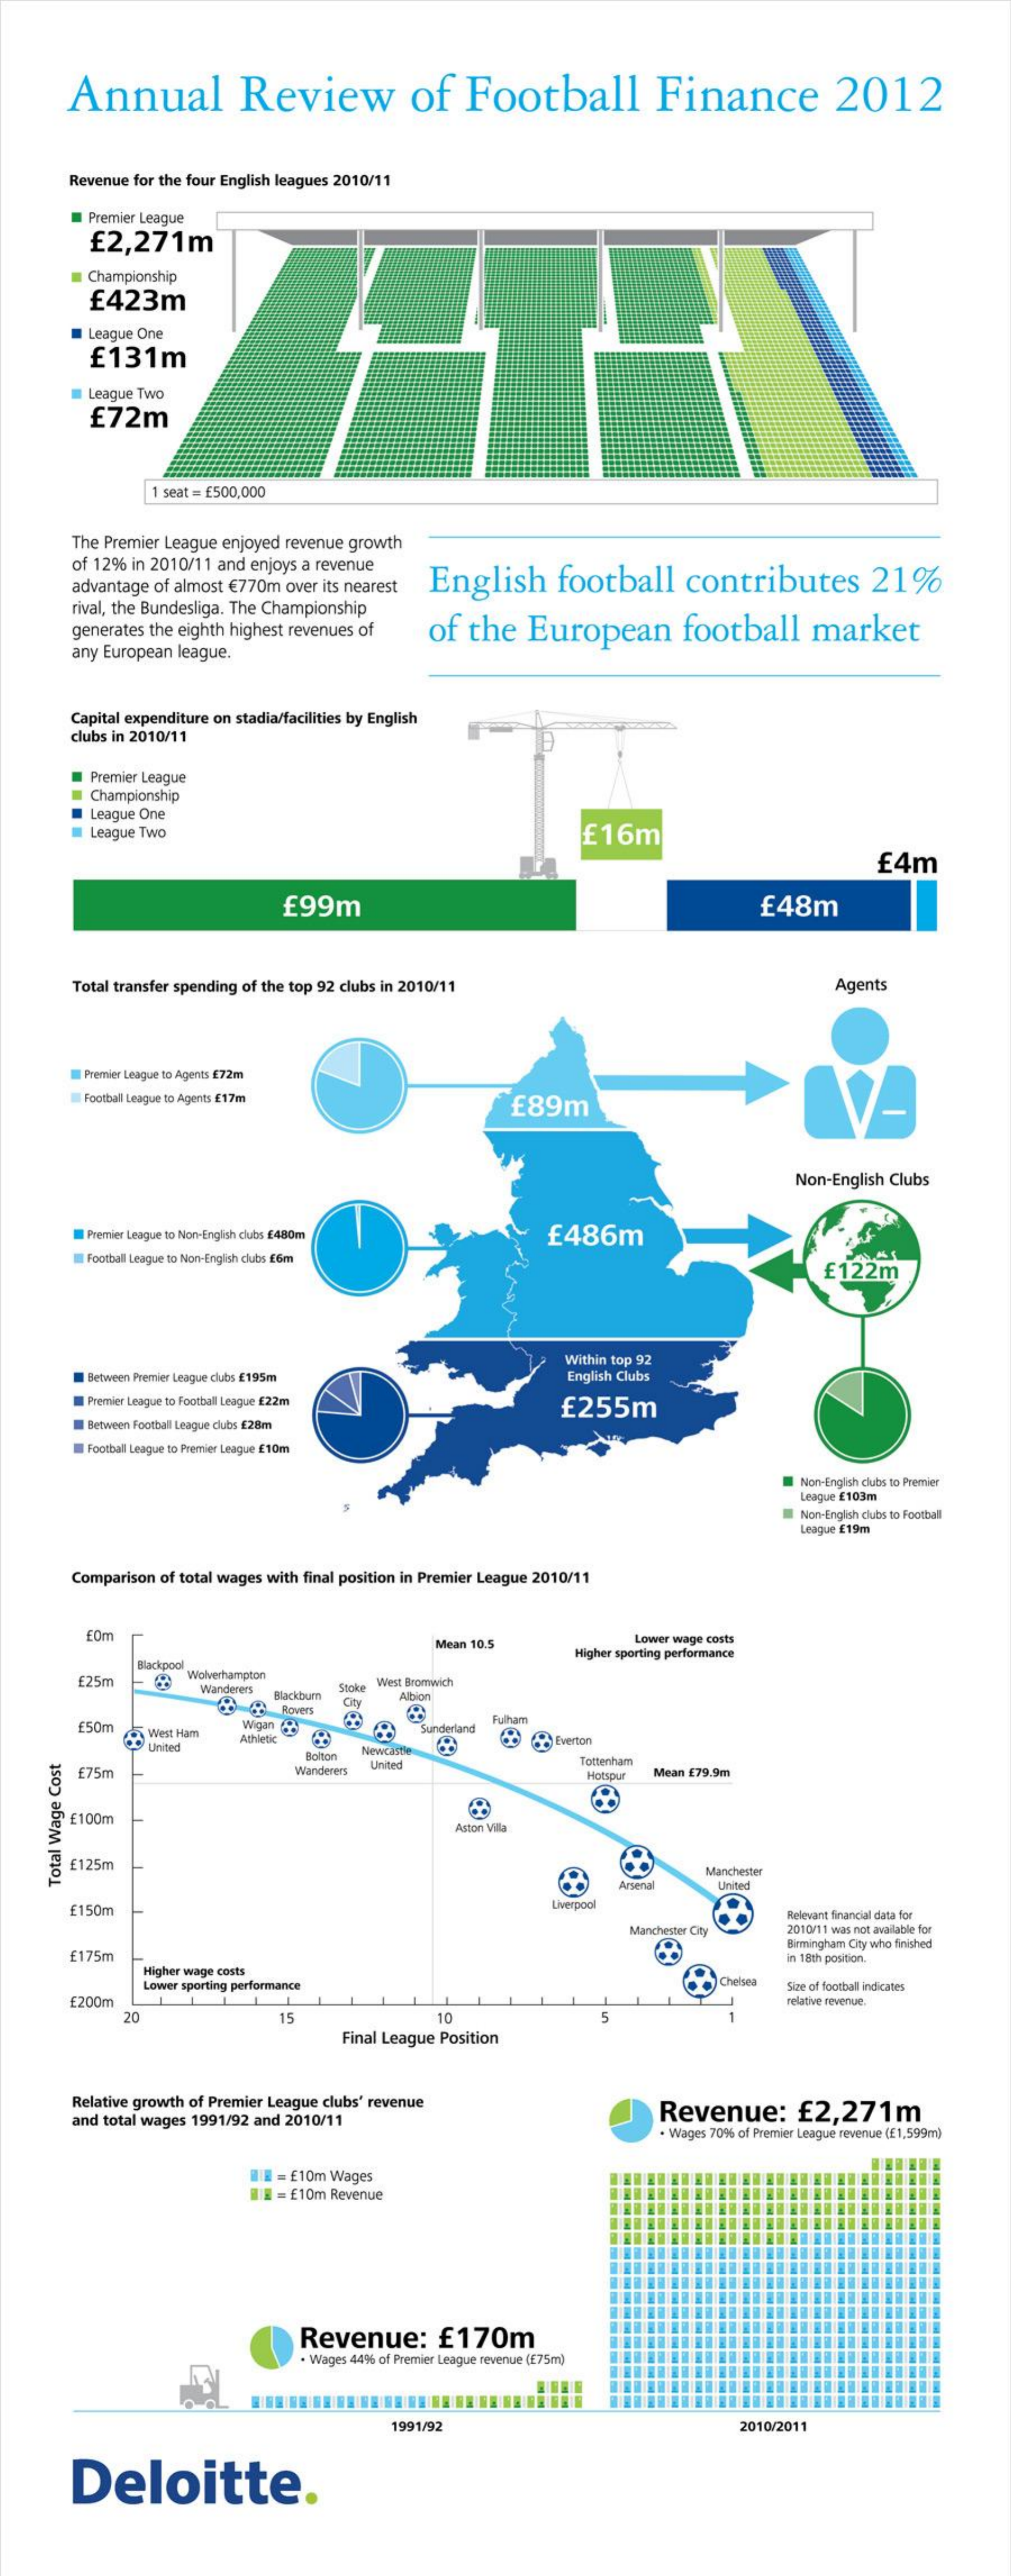
Annual    Review    of  Football    Finance    2012
     Revenue for the four English leagues 2010/11
     Premier League
     £2,271m
     Championship
     £423m
     League One
     £131m
     League Two
     £72m
     1 seat = £500,000
     The Premier League enjoyed revenue growth
     of 12% in 2010/11 and enjoys a revenue
     advantage of almost € 770m over its nearest English football contributes 21%
     rival, the Bundesliga. The Championship
     generates the eighth highest revenues of of the European football market
     any European league.
     Capital expenditure on stadia/facilities by English
     clubs in 2010/11
     Premier League
     Championship
     League One
     League Two    £16m
     £4m
     £99m    £48m
     Total transfer spending of the top 92 clubs in 2010/11  Agents
     Premier League to Agents £72m
     Football League to Agents £17m
     £89m
     Non-English Clubs
     Premier League to Non-English clubs £480m £486m
     Football League to Non-English dubs E6m
     £122m
     Within top 92
     Between Premier League clubs £195m English Clubs
     Premier League to Football League £22m £255m
     Between Football League clubs £28m
     Football League to Premier League £10m
     Non-English clubs to Premier
     League E103m
     Non-English clubs to Football
     League £19m
     Comparison of total wages with final position in Premier League 2010/11
     EOm
     Mean 10.5    Lower wage costs
     Blackpool
     Higher sporting performance
     £25m
     Wolverhampton
     Wanderers Stoke West Bromwich
     Blackburn Albion
     ROvers
     £50m West Ham
     Wigan
     Athletic
     Sunderland
     Fulham
     United
     Everton
     Bolton
     Newcastle
     £75m    Wanderers United    Tottenham
     Hotspur Mean £79.9m
     £100m
     Aston Villa
     £125m    Manchester
     Arsenal United
    Total
    Wage
    Cost
     £150m
     Liverpool
     Relevant financial data for
     Manchester City 2010/11 was not available for
     £175m
     Birmingham City who finished
     Higher wage costs
     in 18th position.
     Lower sporting performance    Chelsea Size of football indicates
     £200m    relative revenue.
     20    15    10    5
     Final League Position
     Relative growth of Premier League clubs' revenue
     and total wages 1991/92 and 2010/11    Revenue:  £2,271m
     Wages 70% of Premier League revenue (E1,599m)
     E = £10m Wages
     I - £10m Revenue
     Revenue:  £170m
     . Wages 44% of Premier League revenue (£75m)
     1991/92    2010/2011
     Deloitte.